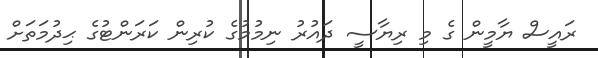
ރައީސް ޔާމީން ގެ މި ރިޔާސީ ދައުރު ނިމުމުގެ ކުރިން ކަރަންޓުގެ ޙިދުމަތަށް